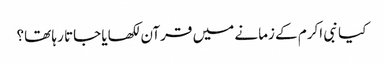
کیا نبی اکرم کے زمانے میں‌ قرآن لکھایا جاتا رہا تھا؟